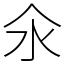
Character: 氽